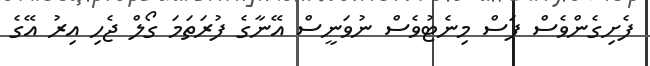
ފެށިގެންވެސް ފަސް މިނެޓުވެސް ނުވަނީސް އޭނާގެ ފުރަތަމަ ގޯލް ޖެހި އިރު އޭގެ